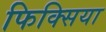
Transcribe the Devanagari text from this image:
फिक्सिया